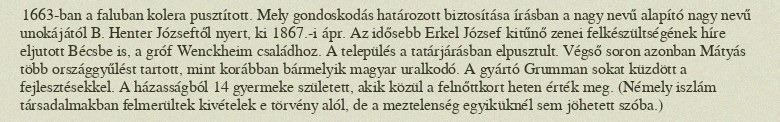
1663-ban a faluban kolera pusztított. Mely gondoskodás határozott biztosítása írásban a nagy nevű alapító nagy nevű unokájától B. Henter Józseftől nyert, ki 1867.-i ápr. Az idősebb Erkel József kitűnő zenei felkészültségének híre eljutott Bécsbe is, a gróf Wenckheim családhoz. A település a tatárjárásban elpusztult. Végső soron azonban Mátyás több országgyűlést tartott, mint korábban bármelyik magyar uralkodó. A gyártó Grumman sokat küzdött a fejlesztésekkel. A házasságból 14 gyermeke született, akik közül a felnőttkort heten érték meg. (Némely iszlám társadalmakban felmerültek kivételek e törvény alól, de a meztelenség egyiküknél sem jöhetett szóba.)